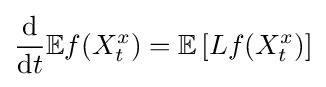
{\frac {\mathrm {d} }{\mathrm {d} t}}\mathbb {E} f(X_{t}^{x})=\mathbb {E} \left[Lf(X_{t}^{x})\right]